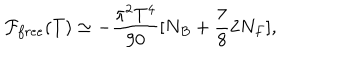
LaTeX: { \cal F } _ { f r e e } ( T ) \simeq - { \frac { \pi ^ { 2 } T ^ { 4 } } { 9 0 } } [ N _ { B } + { \frac { 7 } { 8 } } 2 N _ { F } ] ,